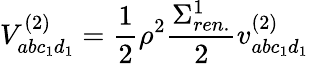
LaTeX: V_{abc_{1}d_{1}}^{(2)}=\frac{1}{2}\rho^{2}\frac{\Sigma_{ren.}^{1}}{2}v_{abc_{1}d_{1}}^{(2)}